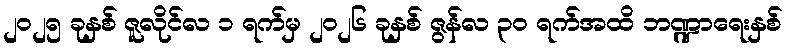
၂၀၂၅ ခုနှစ် ဇူလိုင်လ ၁ ရက်မှ ၂၀၂၆ ခုနှစ် ဇွန်လ ၃၀ ရက်အထိ ဘဏ္ဍာရေးနှစ်